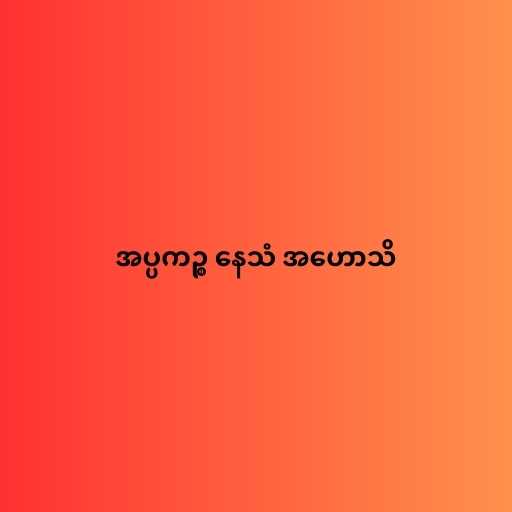
အပ္ပကဉ္စ နေသံ အဟောသိ